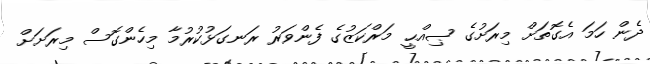
ދެން ހަމަ އެގޮތަށް މިރަށުގެ ޞިއްޙީ މަރްކަޒުގެ ފެންވަރު ރަނގަޅުކުރުމާ މިހެންގޮސް މިރަށަށް